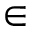
\in